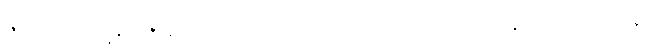
ဇိဏ္ဏကောဋ္ဌဗ္ဘန္တရံ ဇာနာတိ မယိ သကုဏကုလာဝကော လမ္ဗမာနော ဌိတောတိ။ နပိ